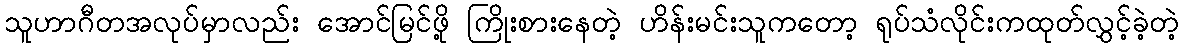
သူဟာဂီတအလုပ်မှာလည်း အောင်မြင်ဖို့ ကြိုးစားနေတဲ့ ဟိန်းမင်းသူကတော့ ရုပ်သံလိုင်းကထုတ်လွှင့်ခဲ့တဲ့